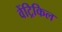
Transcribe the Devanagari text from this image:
वेंट्रिकिल